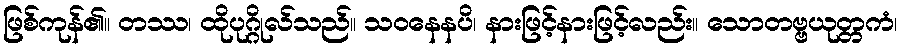
ဖြစ်ကုန်၏။ တဿ၊ ထိုပုဂ္ဂိုလ်သည်။ သဝနေနပိ၊ နားဖြင့်နားဖြင့်လည်း။ သောတဗ္ဗယုတ္တကံ၊